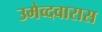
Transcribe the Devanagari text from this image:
उमेव्दवारास